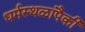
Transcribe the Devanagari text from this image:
धर्मस्थळांपैकी